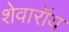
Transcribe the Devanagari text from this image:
शेवारॉय